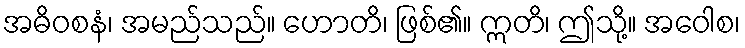
အဓိဝစနံ၊ အမည်သည်။ ဟောတိ၊ ဖြစ်၏။ ဣတိ၊ ဤသို့။ အဝေါစ၊